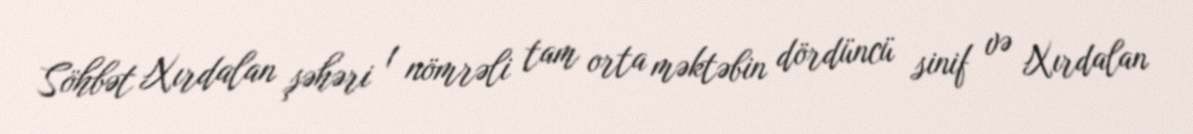
Söhbət Xırdalan şəhəri 1 nömrəli tam orta məktəbin dördüncü sinif və Xırdalan